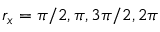
r _ { x } = \pi / 2 , \pi , 3 \pi / 2 , 2 \pi